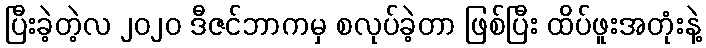
ပြီးခဲ့တဲ့လ ၂၀၂၀ ဒီဇင်ဘာကမှ စလုပ်ခဲ့တာ ဖြစ်ပြီး ထိပ်ဖူးအတုံးနဲ့